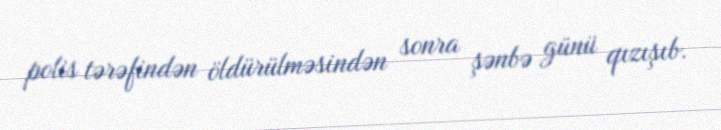
polis tərəfindən öldürülməsindən sonra şənbə günü qızışıb.